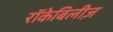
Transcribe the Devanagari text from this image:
रॉकेबिलीज़